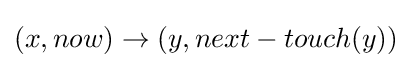
(x,now)\to (y,next-touch(y))